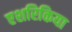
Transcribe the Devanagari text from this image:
एशरिकिया